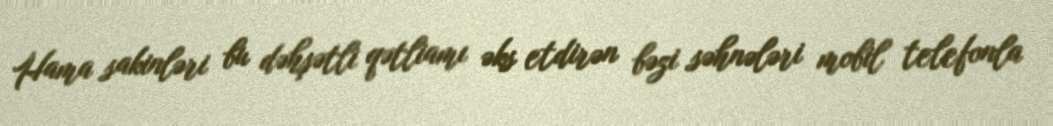
Hama sakinləri bu dəhşətli qətliamı əks etdirən bəzi səhnələri mobil telefonla